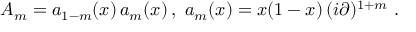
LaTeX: A _ { m } = a _ { 1 - m } ( x ) \, a _ { m } ( x ) \, , \, \, a _ { m } ( x ) = x ( 1 - x ) \, ( i \partial ) ^ { 1 + m } \, \, .